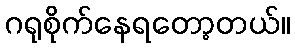
ဂရုစိုက်နေရတော့တယ်။